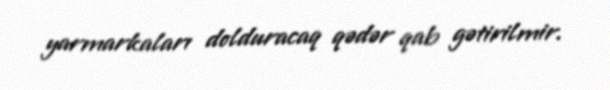
yarmarkaları dolduracaq qədər qab gətirilmir.